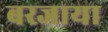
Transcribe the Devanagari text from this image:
बरजाया